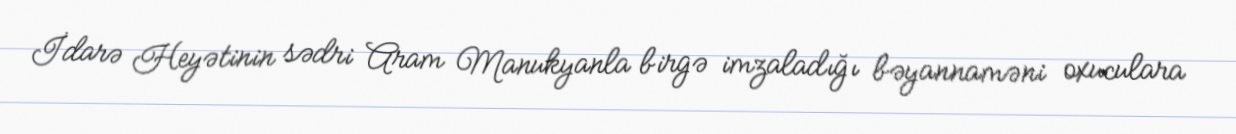
İdarə Heyətinin sədri Aram Manukyanla birgə imzaladığı bəyannaməni oxuculara